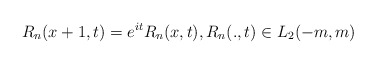
\begin{align*}R_{n}(x+1,t)=e^{it}R_{n}(x,t),R_{n}(.,t)\in L_{2}(-m,m)\end{align*}